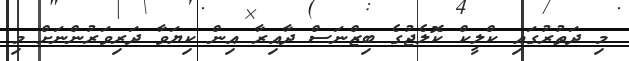
މި ދަތުރުގައި ކްލީކް ކޮލެޖުގެ ބިޒްނަސް ދާއިރާ އިން ކިޔަވާ ދަރިވަރުންނަށް މި